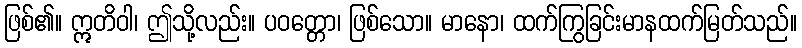
ဖြစ်၏။ ဣတိဝါ၊ ဤသို့လည်း။ ပဝတ္တော၊ ဖြစ်သော။ မာနော၊ ထက်ကြွခြင်းမာနထက်မြတ်သည်။